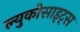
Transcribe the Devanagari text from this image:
ल्युकोसाइट्स